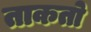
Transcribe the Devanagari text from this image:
ताकतो